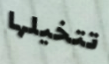
تتخيلها